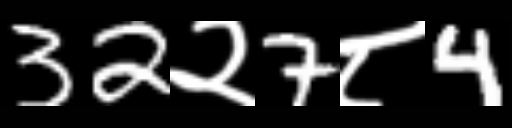
Text: 32२7८4